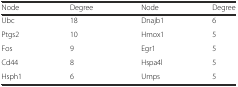
<table><thead><tr><td><b>Node</b></td><td><b>Degree</b></td><td><b>Node</b></td><td><b>Degree</b></td></tr></thead><tbody><tr><td>Ubc</td><td>18</td><td>Dnajb1</td><td>6</td></tr><tr><td>Ptgs2</td><td>10</td><td>Hmox1</td><td>5</td></tr><tr><td>Fos</td><td>9</td><td>Egr1</td><td>5</td></tr><tr><td>Cd44</td><td>8</td><td>Hspa4l</td><td>5</td></tr><tr><td>Hsph1</td><td>6</td><td>Umps</td><td>5</td></tr></tbody></table>